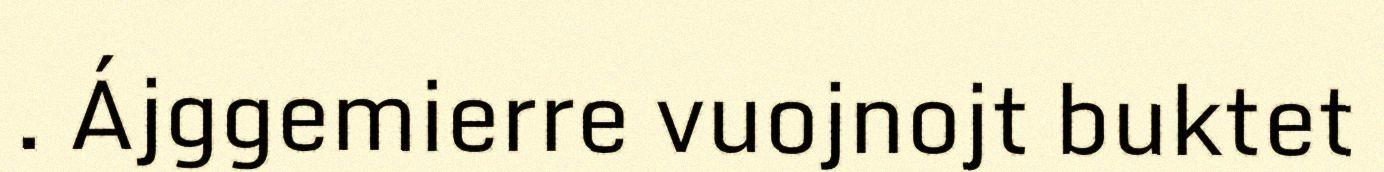
. Ájggemierre vuojnojt buktet